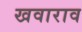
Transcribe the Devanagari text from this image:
खवाराव